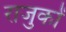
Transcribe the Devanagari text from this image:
राजुकों